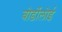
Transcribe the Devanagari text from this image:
बोर्डोलोई